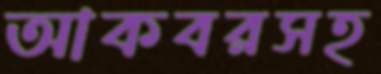
আকবরসহ